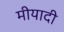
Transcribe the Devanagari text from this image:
मीयादी